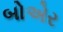
બોએર